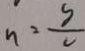
n = \frac { s } { v }